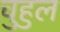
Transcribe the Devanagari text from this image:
चुहुल